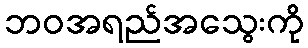
ဘဝအရည်အသွေးကို